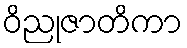
ဝိညုဇာတိကာ